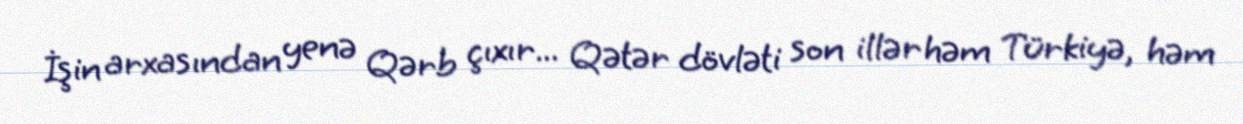
İşin arxasından yenə Qərb çıxır... Qətər dövləti son illər həm Türkiyə, həm